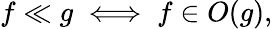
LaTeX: f\ll g\iff f\in O(g),